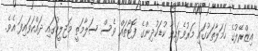
އިޒްރޭލުގެ ހަމަލާތަކުގައި މަރުވެފައިވާ ކުޑަކުދިންގެ ފޮޓޯތައް ވެސް ސަލާމަތީ މަޖިލީހުގައި ދައްކަވައިފަ އެވެ.